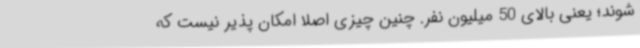
شوند؛ یعنی بالای 50 میلیون نفر. چنین چیزی اصلا امکان پذیر نیست که